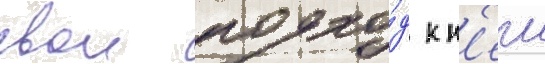
свои подхо́д к н'еи